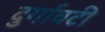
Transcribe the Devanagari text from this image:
दुर्गावटी